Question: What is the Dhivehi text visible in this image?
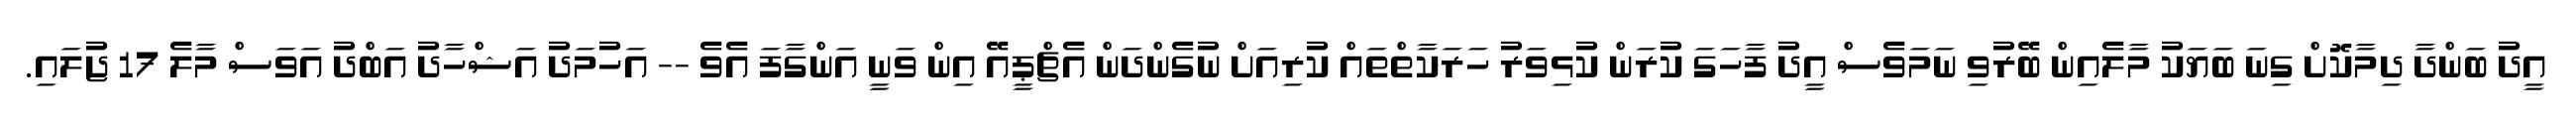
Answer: އީދު ބަންދާ ދިމާކޮށް ގިނަ ބަޔަކު މާލެއިން ބޭރުވި ނަމަވެސް އީދު ފާހަގަ ކުރަން ކުޅިވަރު ހަރަކާތްތައް ކުރިއަށް ނުގެންދަން އެޗްޕީއޭ އިން ވަނީ އަންގާފަ އެވެ -- އަހުމަދު އަޝްހާދު އަބްދު އަވަސް މާލެ 17 ޖުލައި.